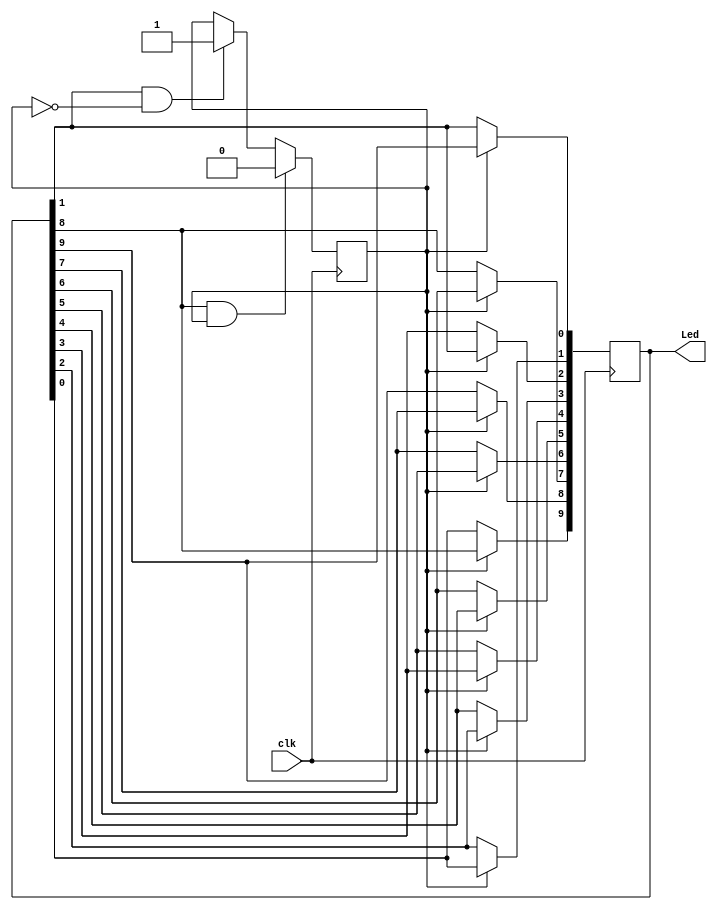
module ledLightning(clk, Led);
input clk;
output [9:0] Led;
reg [9:0]Led;
reg direction;
initial
begin
	Led[9:1]<=9'b0;
	Led[0]<=1'b1;
	direction<=1'b1;
end

always@(posedge clk)
begin
	if(Led[1] && !direction)
		direction <= 1'b1;
	if(Led[8] && direction)
		direction <= 1'b0;
end

always@(posedge clk)
begin		
	if(direction)
	begin
		Led[0]<=Led[9];
		Led[1]<=Led[0];
		Led[2]<=Led[1];
		Led[3]<=Led[2];
		Led[4]<=Led[3];
		Led[5]<=Led[4];
		Led[6]<=Led[5];
		Led[7]<=Led[6];
		Led[8]<=Led[7];
		Led[9]<=Led[8];
	end
	else begin
		Led[8]<=Led[9];
		Led[7]<=Led[8];
		Led[6]<=Led[7];
		Led[5]<=Led[6];
		Led[4]<=Led[5];
		Led[3]<=Led[4];
		Led[2]<=Led[3];
		Led[1]<=Led[2];
		Led[0]<=Led[1];
		Led[9]<=Led[0];
	end
end
endmodule